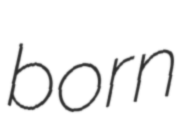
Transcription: born